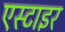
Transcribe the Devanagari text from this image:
एस्टाइर